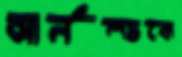
আর্নল্ডকে